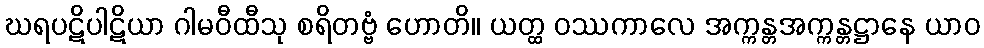
ဃရပဋိပါဋိယာ ဂါမဝီထီသု စရိတဗ္ဗံ ဟောတိ။ ယတ္ထ ဝဿကာလေ အက္ကန္တအက္ကန္တဋ္ဌာနေ ယာဝ